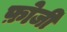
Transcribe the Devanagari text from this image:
फ़ोजी